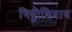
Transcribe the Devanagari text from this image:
चिठ्ठीशिवाय